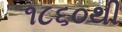
૧૮૬૦થી